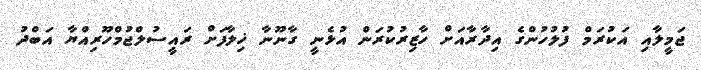
ޖަމީލާއި އަކުރަމް ފުލުހުންގެ އިދާރާއަށް ހާޒިރުކުރަން އުޅެނީ ގާނޫނާ ޚިލާފަށް ރައީސުލްޖުމްހޫރިއްޔާ އަބްދު